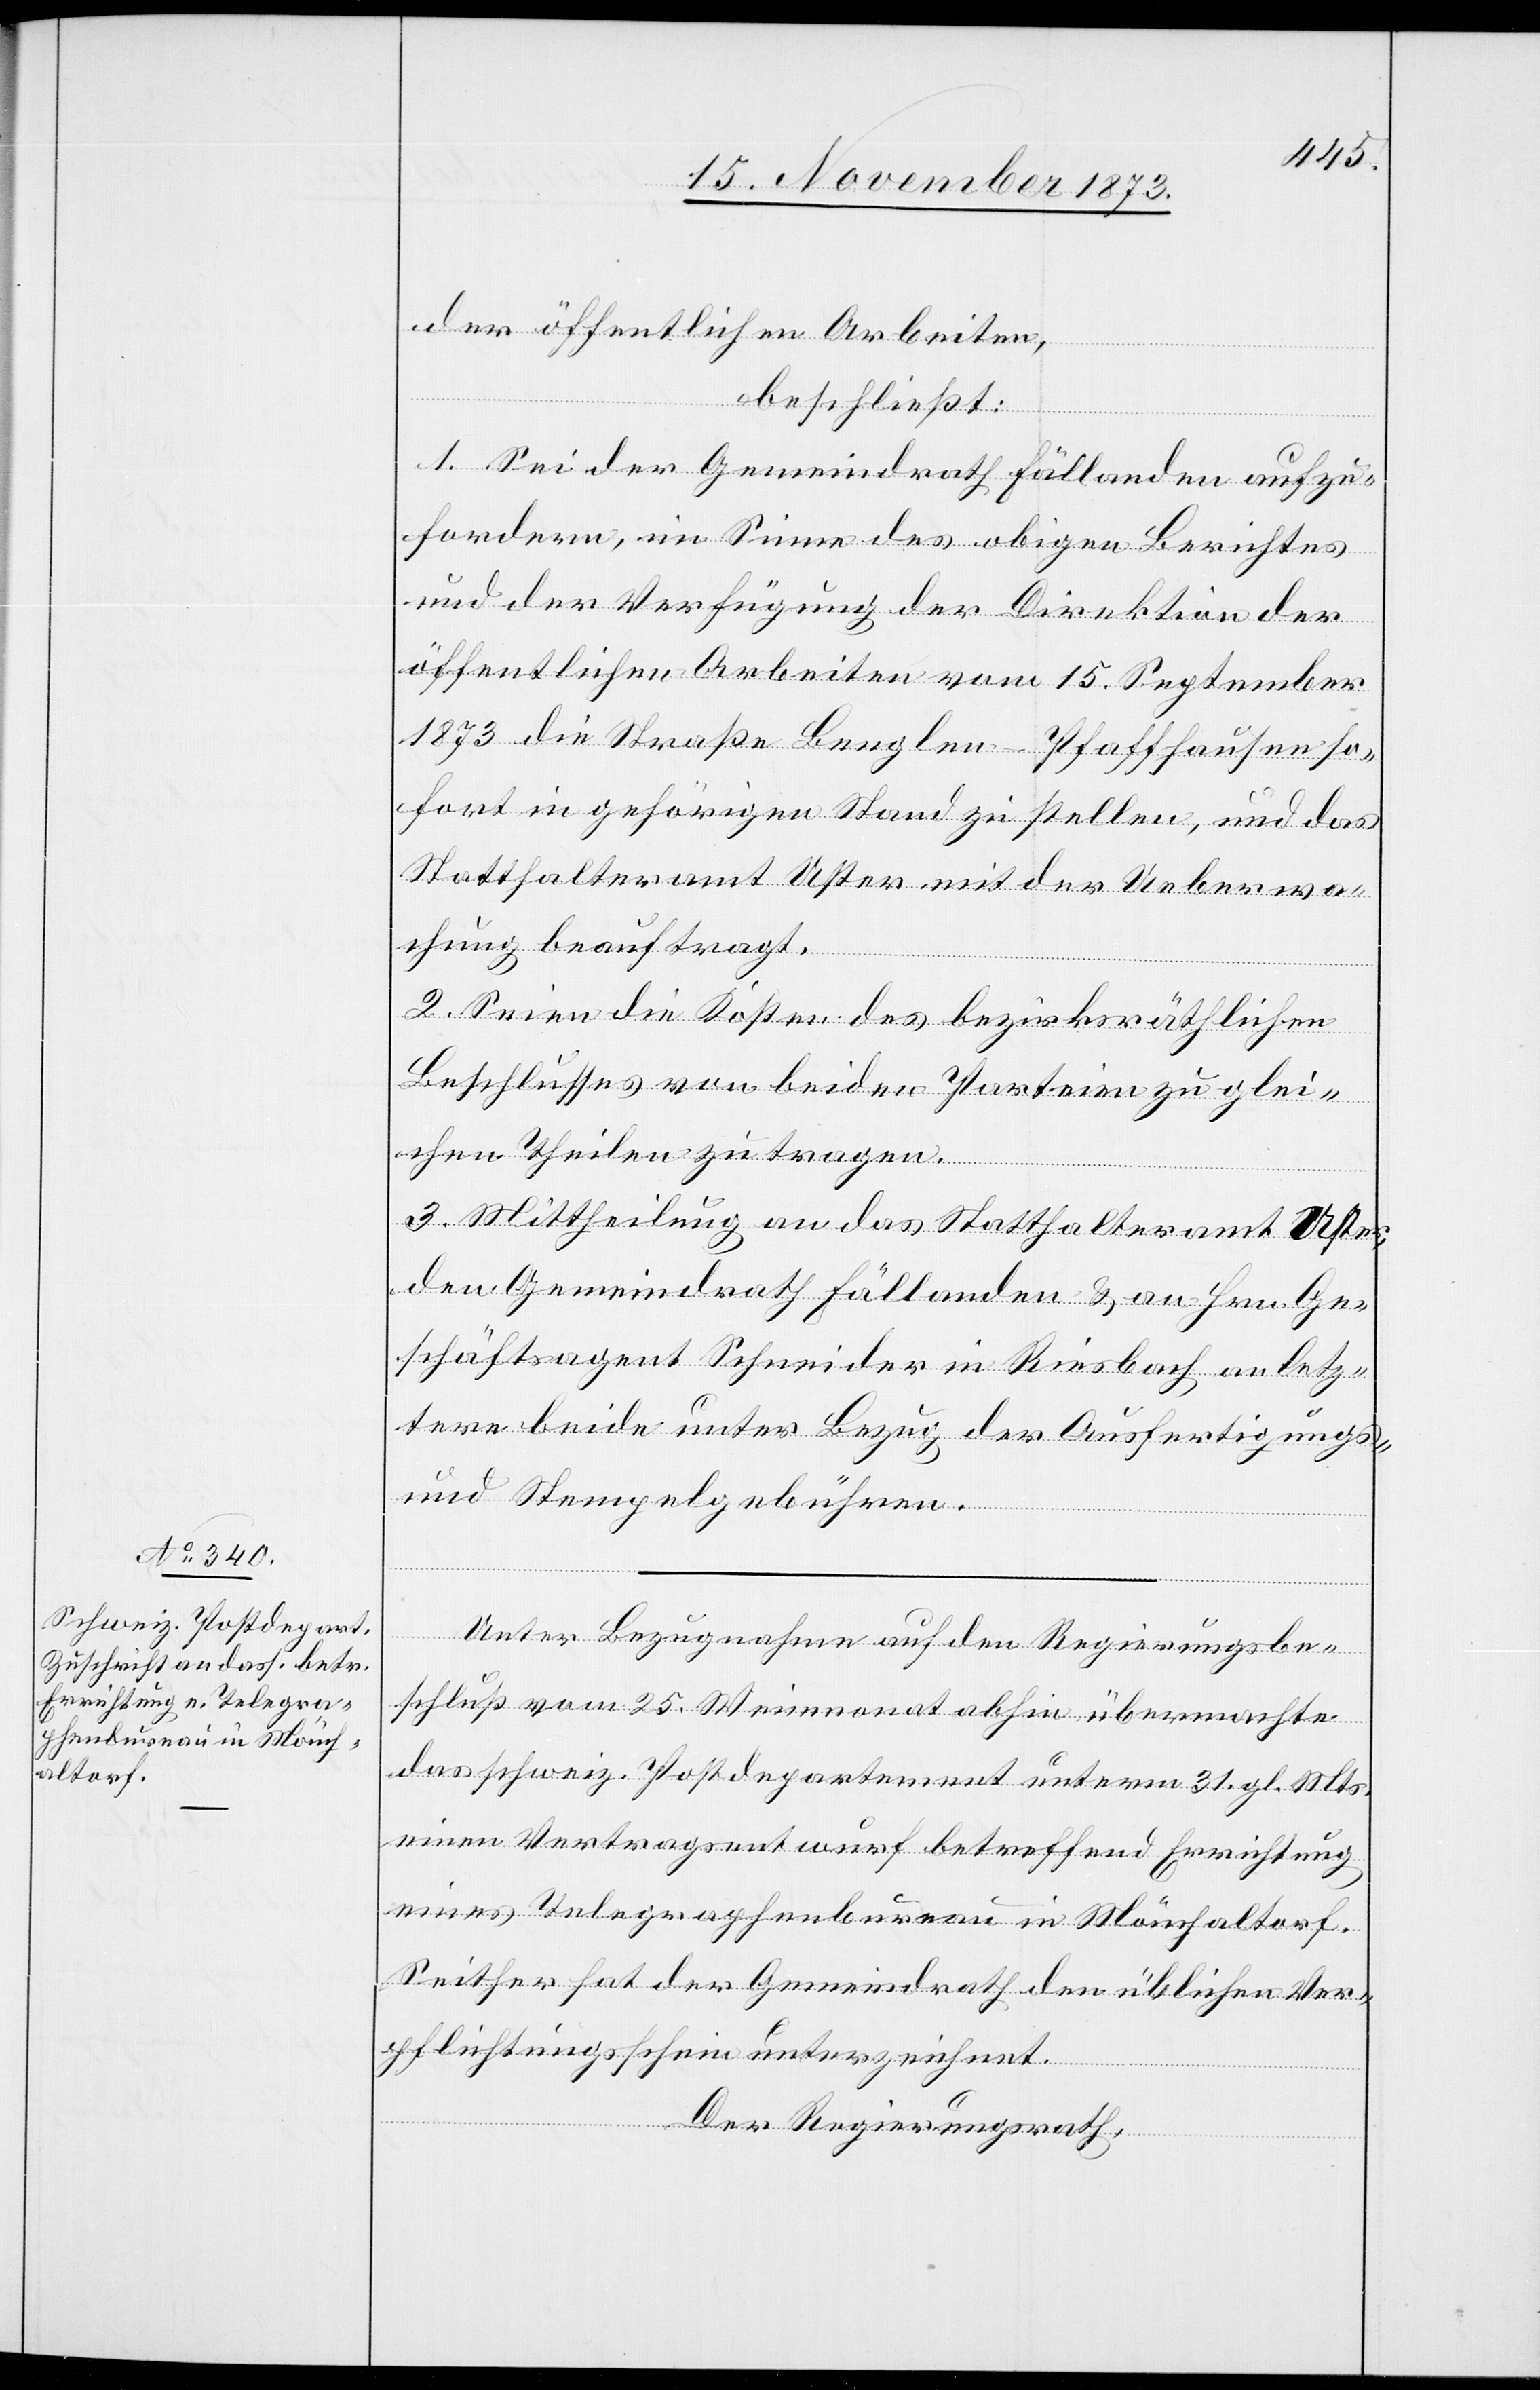
der öffentlichen Arbeiten,
beschließt:
1. Sei der Gemeindrath Fällanden aufzu¬
fordern, im Sinne des obigen Berichtes
und der Verfügung der Direktion der
öffentlichen Arbeiten vom 15. September
1873 die Straße Benglen–Pfaffhausen so¬
fort in gehörigen Stand zu stellen, und das
Statthalteramt Uster mit der Ueberwa¬
chung beauftragt.
2. Seien die Kosten des bezirksräthlichen
Beschlusses von beiden Parteien zu glei¬
chen Theilen zu tragen.
3. Mittheilung an das Statthalteramt Uster,
den Gemeindrath Fällanden & an Hrn. Ge¬
schäftsagent Schneider in Riesbach an letz¬
tere beide unter Bezug der Ausfertigungs-
und Stempelgebühren.
Unter Bezugnahme auf den Regierungsbe¬
schluß vom 25. Weinmonat abhin übermachte
das schweiz. Postdepartement unterm 31. gl. Mts.
einen Vertragsentwurf betreffend Errichtung
eines Telegraphenbureau in Mönchaltorf.
Seither hat der Gemeindrath den üblichen Ver¬
pflichtungsschein unterzeichnet.
Der Regierungsrath,